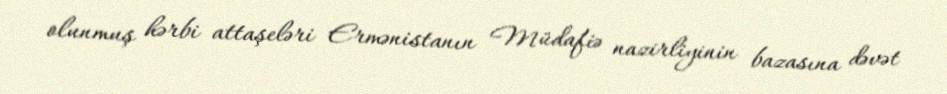
olunmuş hərbi attaşeləri Ermənistanın Müdafiə nazirliyinin bazasına dəvət